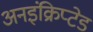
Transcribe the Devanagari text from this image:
अनइंक्रिप्टेड